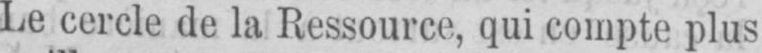
Le cercle de la Ressource, qui compte plus